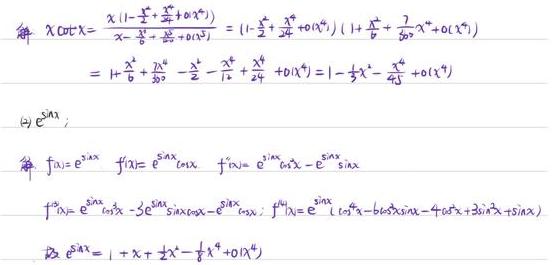
\[
\begin{align*}
x\cot x&=\frac{x(1-\frac{x^{2}}{6}+\frac{x^{4}}{120}+o(x^{6}))}{x-\frac{x^{3}}{6}+\frac{x^{5}}{120}+o(x^{7})}=(1+\frac{x^{2}}{6}+\frac{7}{360}x^{4}+o(x^{6}))(1+\frac{x^{2}}{6}+\frac{7}{360}x^{4}+o(x^{6}))\\
&=1+\frac{x^{2}}{6}+\frac{7}{360}x^{4}+\frac{x^{2}}{6}+\frac{x^{4}}{36}+\frac{7}{360}x^{4}+o(x^{4})=1-\frac{1}{3}x^{2}-\frac{1}{45}x^{4}+o(x^{4})
\end{align*}
\]

\[
\begin{align*}
\text{\textcircled{2} }y = e^{\sin x}&\\
\text{解：}f(x)=e^{\sin x},&f^\prime(x)=e^{\sin x}\cos x,f^{\prime\prime}(x)=e^{\sin x}\cos^{2}x - e^{\sin x}\sin x\\
f^{\prime\prime\prime}(x)&=e^{\sin x}\cos^{3}x - 3e^{\sin x}\sin x\cos x - e^{\sin x}\cos x\\
f^{(4)}(x)&=e^{\sin x}(\cos^{4}x - 6\cos^{2}x\sin x - 4\cos^{2}x + 3\sin^{2}x+\sin x)\\
\text{故 }e^{\sin x}&=1 + x+\frac{1}{2}x^{2}-\frac{1}{8}x^{4}+o(x^{4})
\end{align*}
\]